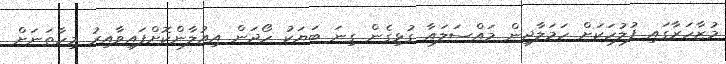
މުޒާހަރާގައި ފުލުހަކަށް ހަމަލާދިން މައްސަލައާ ގުޅިގެން ގިނަ ބަޔަކު ހޯދަން އިއުލާންކޮށްފައިވާއިރު މިހާތަނަށް